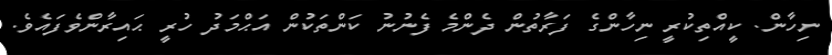
ނިހާން. ކީއްތިކުރީ ނިހާންގެ ފަރާތުން ދެންމެ ފެނުނު ކަންތަކުން އަޙްމަދު ހުރީ ޙައިރާންވެފައެވެ.